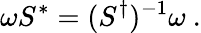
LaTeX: \omega S^{*}=(S^{\dagger})^{-1}\omega~.